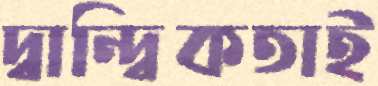
দ্বান্দ্বিকতাই